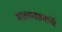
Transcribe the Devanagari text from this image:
मालगाड्यांनी